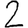
Digit: 2